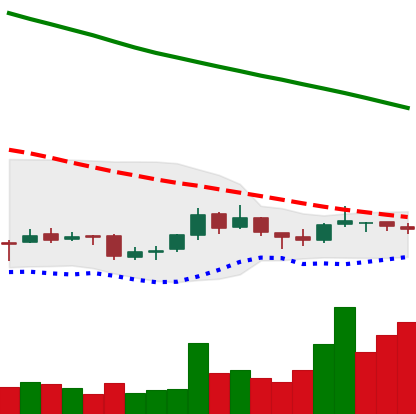
Ticker: NEO-USD
Chart end date: 2018-10-01
Forward return: -4.233%
Label: down_3_5